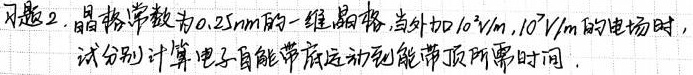
习题2. 晶格常数为\(0.25nm\)的一维晶格，当外加\(10^{2}V/m\)、\(10^{7}V/m\)的电场时，试分别计算电子自能带底运动到能带顶所需时间。